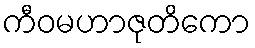
ကီဝမဟာဇုတိကော